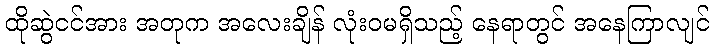
ထိုဆွဲငင်အား အတုက အလေးချိန် လုံးဝမရှိသည့် နေရာတွင် အနေကြာလျင်